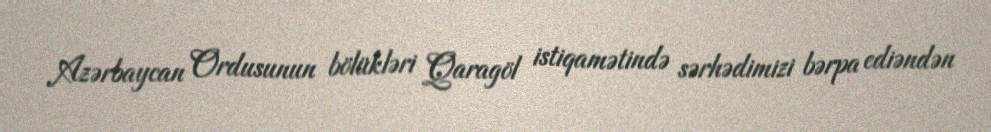
Azərbaycan Ordusunun bölükləri Qaragöl istiqamətində sərhədimizi bərpa ediəndən